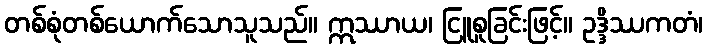
တစ်စုံတစ်ယောက်သောသူသည်။ ဣဿာယ၊ ငြူစူခြင်းဖြင့်။ ဥဒ္ဒိဿကတံ၊